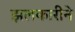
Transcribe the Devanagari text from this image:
झलकारीने